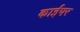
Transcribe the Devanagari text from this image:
काईपर